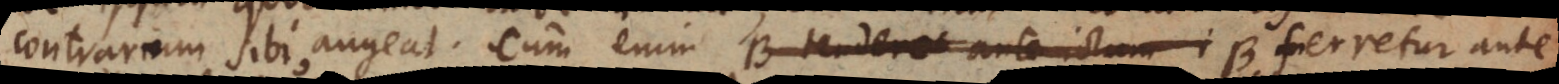
contrarium sibi, augeat. Cum enim B tenderet ante ictum i ferretur ante